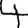
Digit: 4